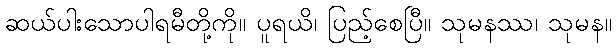
ဆယ်ပါးသောပါရမီတို့ကို။ ပူရယိ၊ ပြည့်စေပြီ။ သုမနဿ၊ သုမန။